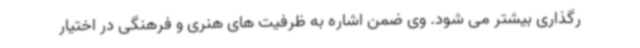
رگذاری بیشتر می شود. وی ضمن اشاره به ظرفیت های هنری و فرهنگی در اختیار